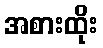
အစားထိုး